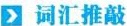
词汇推敲